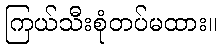
ကြယ်သီးစုံတပ်မထား။